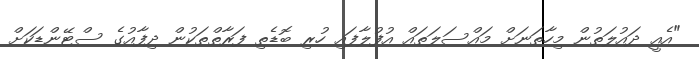
"އެއީ ދައުލަތުން މިހާތަނަށް މައްސަލަތައް އުފުލާފައި ހުރި ބޮޑެތި ފަރާތްތަކުން ދިފާއުގެ ސްޓޭންޑަކަށް